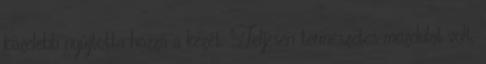
közelebb nyújtotta hozzá a kezét. Teljesen természetes mozdulat volt,